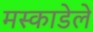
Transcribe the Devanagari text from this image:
मस्काडेले